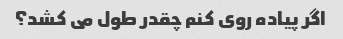
اگر پیاده روی کنم چقدر طول می کشد؟